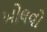
ખોલવો